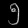
Digit: ၅